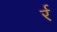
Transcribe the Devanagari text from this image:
र्र